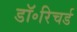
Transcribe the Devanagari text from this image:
डॉ॰रिचर्ड